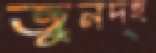
জুনদহ